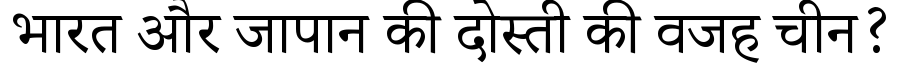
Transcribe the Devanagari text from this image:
भारत और जापान की दोस्ती की वजह चीन?